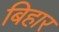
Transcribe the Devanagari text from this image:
बिहार